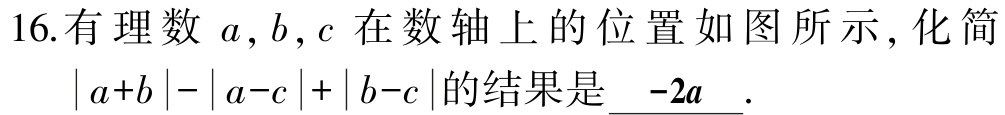
16.有理数 \(a,b,c\) 在数轴上的位置如图所示，化简\(\vert a + b\vert-\vert a - c\vert+\vert b - c\vert\)的结果是\(\underline{-2a}\).